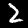
Digit: 2